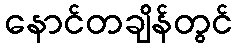
နောင်တချိန်တွင်